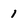
Character: 1